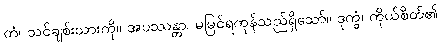
တံ၊ သင်ချစ်းသားကို။ အပဿန္တာ၊ မမြင်ရကုန်သည်ရှိသော်။ ဒုက္ခံ၊ ကိုယ်စိတ်၏